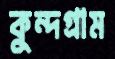
কুন্দগ্রাম